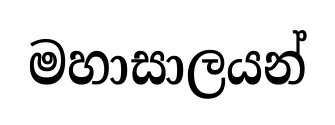
මහාසාලයන්